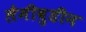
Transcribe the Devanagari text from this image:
लैमीवुडीन